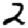
Digit: 2